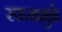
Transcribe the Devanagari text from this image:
स्वप्नामुळे